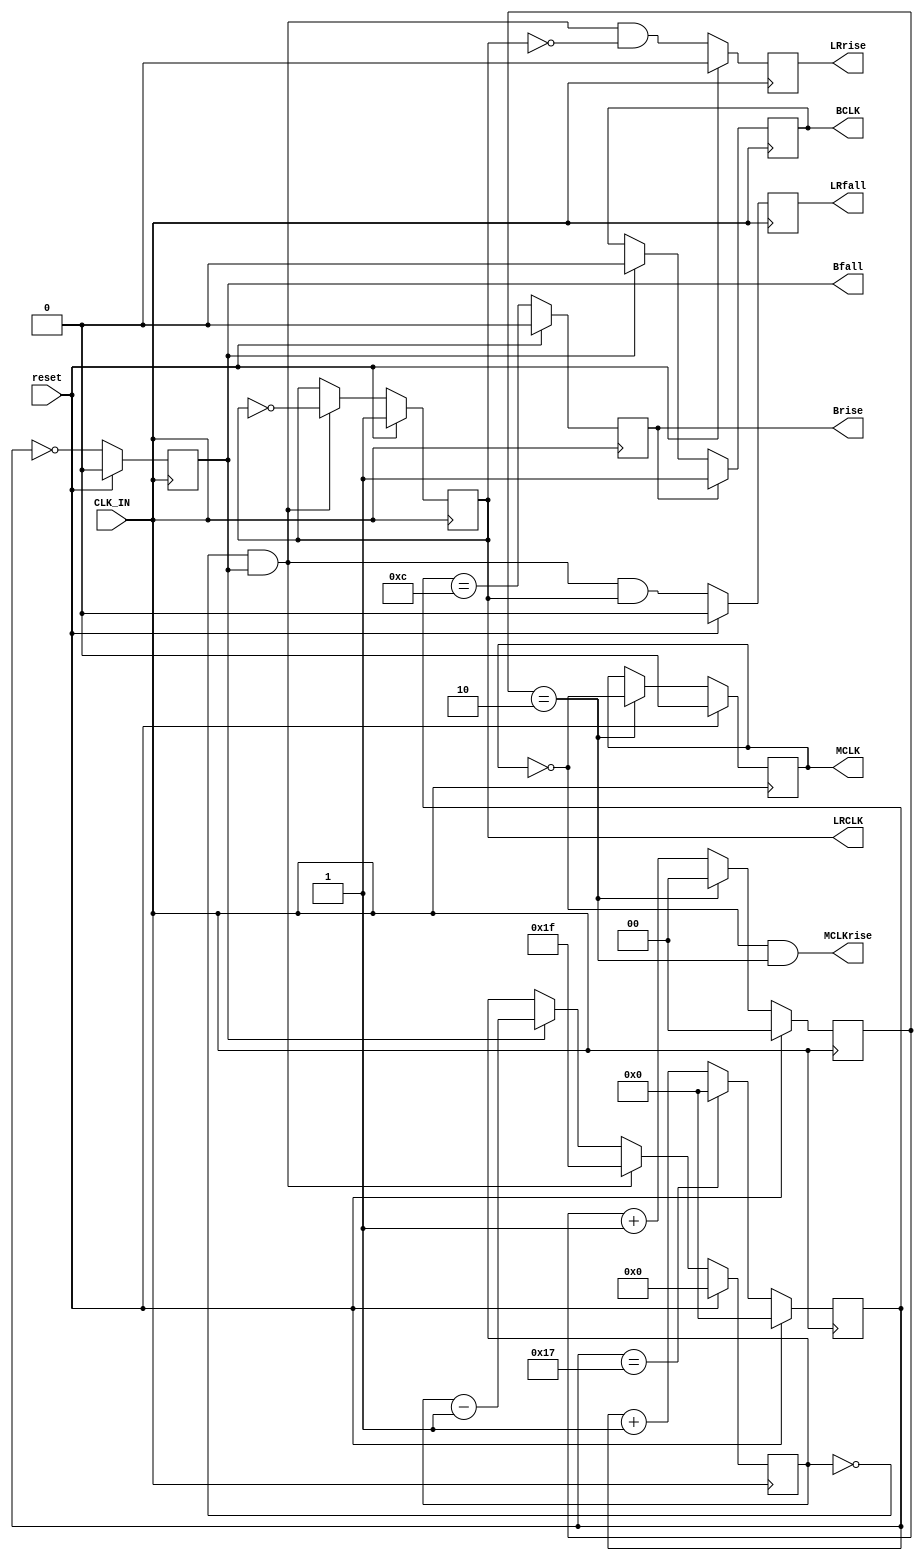
module Hermes_clk_lrclk_gen (reset, CLK_IN, BCLK, Brise, Bfall, LRCLK, LRrise, LRfall, MCLK, MCLKrise);

input   wire          reset;		// reset
input   wire          CLK_IN;		// clock
output  reg           BCLK;		// 3.072MHz
output  reg           Brise;
output  reg           Bfall;
output  reg           LRCLK;		// 48kHz
output  reg           LRrise;
output  reg           LRfall;
output  reg           MCLK;		// 12.288MHz@H-L
output  wire			 MCLKrise;

parameter  CLK_FREQ = 73728000;			// frequency of incoming clock
localparam BCLK_DIV = (CLK_FREQ/48000/64);	// 24 @73.728M
localparam MCLK_DIV = (CLK_FREQ/48000/512);	//  3 @73.728M
localparam BCLK_00  = 32;
localparam LS = clogb2 (32-1);			// 0 to (BCLK_10-1)

// internal signals
reg    [15:0] BCLK_cnt;
reg  [LS-1:0] LRCLK_cnt;
reg     [1:0] MCLK_cnt;
assign MCLKrise = ( ~MCLK && (MCLK_cnt == (MCLK_DIV-1))) ;

// CLK_IN gets divided down to create BCLK/MCLK
always @ (posedge CLK_IN)
begin
  if (reset) begin
    MCLK_cnt <= 2'b0;
    MCLK     <= 1'b0;
  end else if (MCLK_cnt == (MCLK_DIV-1)) begin
    MCLK_cnt <= 2'b0;
    MCLK     <= ~MCLK;
  end else
    MCLK_cnt <= MCLK_cnt + 1'b1;		// 0, 1, ...(MCLK_DIV-1), 0, ...

  if (reset)
    BCLK_cnt <= 16'b0;
  else if (BCLK_cnt == (BCLK_DIV-1))
    BCLK_cnt <= 16'b0;
  else
    BCLK_cnt <= BCLK_cnt + 1'b1;		// 0, 1, ...(BCLK_DIV-1), 0, ...

  if (reset)
    Brise <= 1'b0;
  else
    Brise <= (BCLK_cnt == (BCLK_DIV/2));

  if (reset)
    Bfall <= 1'b0;
  else
    Bfall <= (BCLK_cnt == 1'b0);		// may not be a 50/50 duty cycle

  if (Brise)
    BCLK  <= 1'b1;
  else if (Bfall)
    BCLK  <= 1'b0;

  if (reset)
    LRCLK_cnt <= 0;
  else 
  begin
    if ((LRCLK_cnt == 0) && Bfall)
      LRCLK_cnt <= BCLK_00 - 1'b1;
    else if (Bfall)
      LRCLK_cnt <= LRCLK_cnt - 1'b1;
  end

  if (reset)
    LRCLK  <= 1'b1;
  else if ((LRCLK_cnt == 0) && Bfall)
    LRCLK  <= ~LRCLK;  

  if (reset)
    LRrise <= 1'b0;
  else
    LRrise <= (LRCLK_cnt == 0) && Bfall && !LRCLK;

  if (reset)
    LRfall <= 1'b0;
  else
    LRfall <= (LRCLK_cnt == 0) && Bfall && LRCLK; // may not be a 50/50 duty cycle
end

function integer clogb2;
input [31:0] depth;
begin
  for(clogb2=0; depth>0; clogb2=clogb2+1)
  depth = depth >> 1;
end
endfunction
endmodule